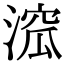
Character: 溛